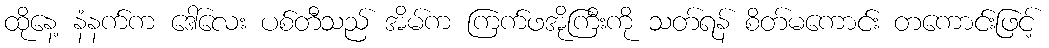
ထိုနေ့ နံနက်က ဒေါ်လေး ပစ်တီသည် အိမ်က ကြက်ဖအိုကြီးကို သတ်ရန် စိတ်မကောင်း တကောင်းဖြင့်